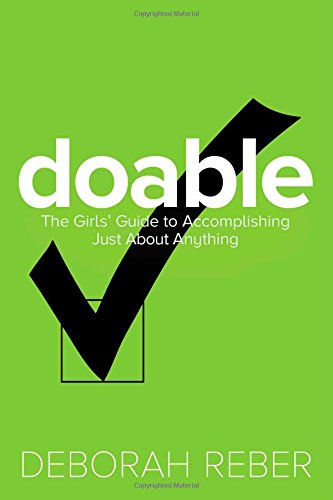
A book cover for Doable: The Girls' Guide to Accomplishing Just About Anything; Deborah Reber; Teen & Young Adult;